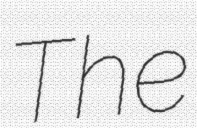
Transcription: The